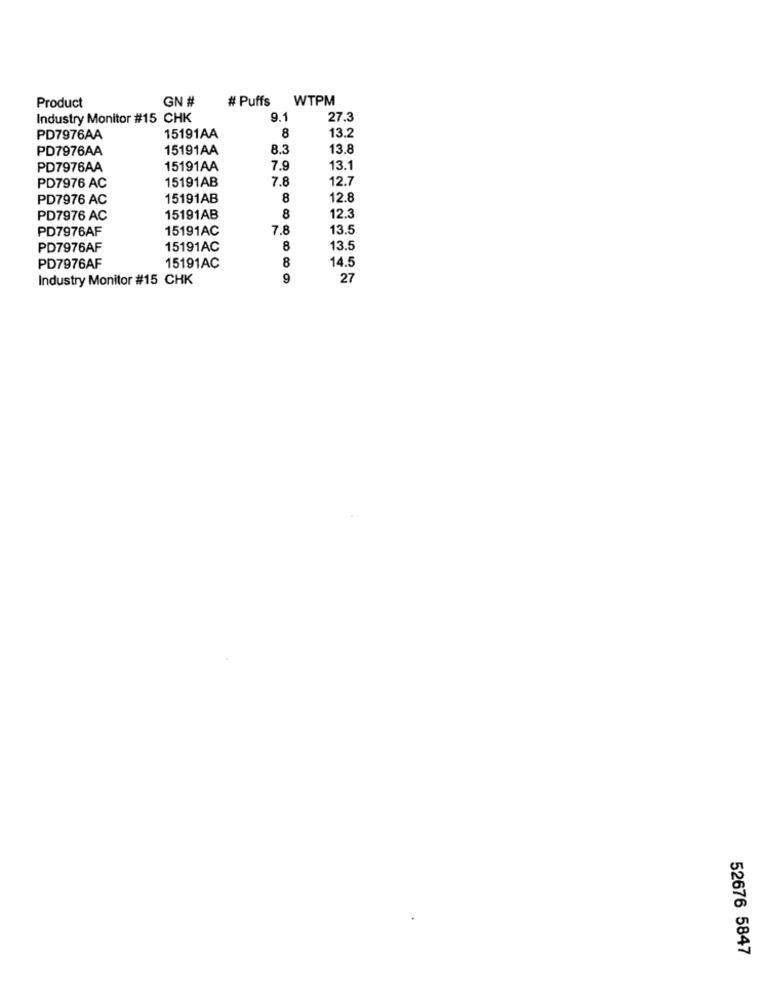
GN #
# Puffs
WTPM
Product
Industry Monitor #15 CHK
9.1
27.3
8
13.2
PD7976AA
15191AA
PD7976AA
15191AA
8.3
13.8
PD7976AA
15191AA
7.9
13.1
15191AB
7.8
12.7
PD7976 AC
PD7976 AC
15191AB
8
12.8
8
PD7976 AC
15191AB
12.3
PD7976AF
15191AC
7.8
13.5
PD7976AF
15191AC
8
13.5
8
14.5
PD7976AF
15191AC
Industry Monitor #15 CHK
9
27
52676 5847